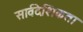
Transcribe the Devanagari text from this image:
सार्वदेशिकता